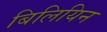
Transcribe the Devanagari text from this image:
बिलियिन